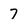
Character: 7